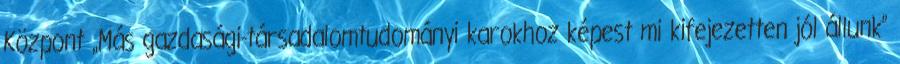
Központ „Más gazdasági-társadalomtudományi karokhoz képest mi kifejezetten jól állunk”